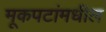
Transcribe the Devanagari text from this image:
मूकपटांमधील